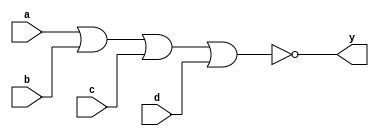
module xup_nor4 #(parameter DELAY = 3)(
    input a,
    input b,
    input c,
    input d,
    output y
    );
    
    nor #DELAY (y,a,b,c,d);
    
endmodule